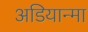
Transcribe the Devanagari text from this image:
अडियान्मा